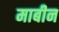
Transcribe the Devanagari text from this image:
माबीन